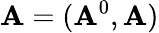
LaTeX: \mathbf{A}=(\mathbf{A}^{0},\mathbf{{\mathbf{A}}})